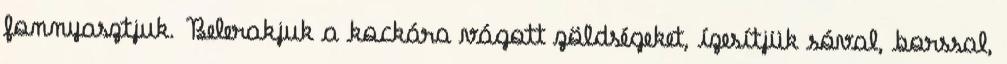
fonnyasztjuk. Belerakjuk a kockára vágott zöldségeket, ízesítjük sóval, borssal,